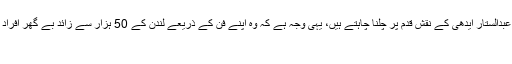
ڈینیئل سوان بھی عبدالستار ایدھی کے نقش قدم پر چلنا چاہتے ہیں، یہی وجہ ہے کہ وہ اپنے فن کے ذریعے لندن کے 50 ہزار سے زائد بے گھر افراد کی مدد کر رہے
ہیں۔